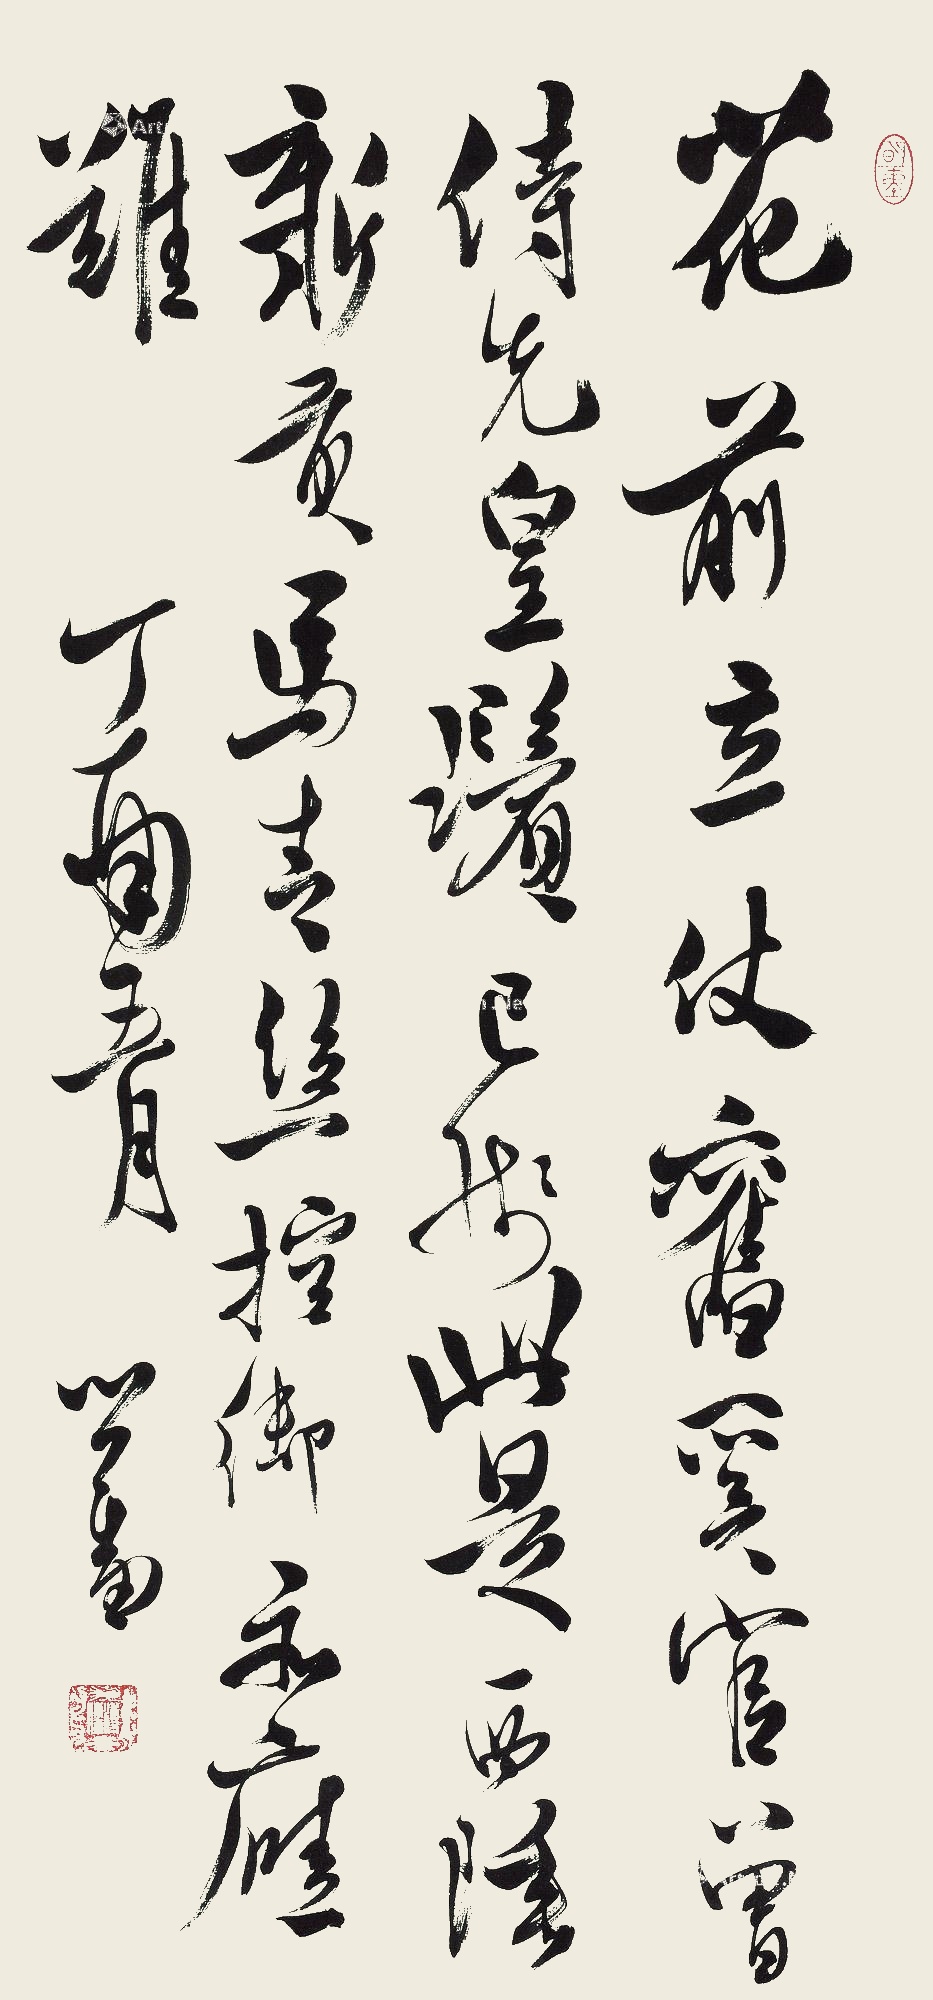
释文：花前立仗旧奚官，曾侍先朝鬓已残。此日西陲新贡马，青丝控勒也应难。丁酉五月，心畬。